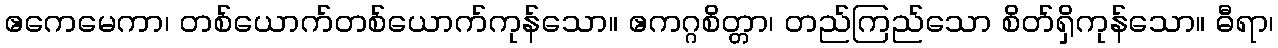
ဧကေမေကာ၊ တစ်ယောက်တစ်ယောက်ကုန်သော။ ဧကဂ္ဂစိတ္တာ၊ တည်ကြည်သော စိတ်ရှိကုန်သော။ ဓီရာ၊